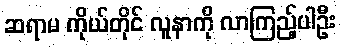
ဆရာမ ကိုယ်တိုင် လူနာကို လာကြည့်ပါဦး